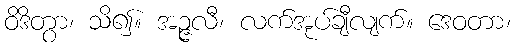
ဝိဒိတွာ၊ သိ၍။ အဉ္ဇလီ၊ လက်အုပ်ချီလျက်။ ဒေဝတာ၊